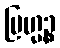
ဗြဟ္မဉ္စ